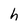
Character: h